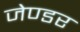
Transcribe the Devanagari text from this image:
जेण्डर